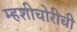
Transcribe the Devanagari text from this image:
म्हशीचोरीची